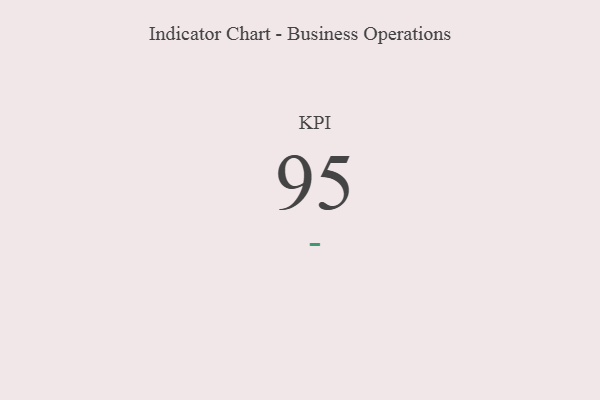
{"axis": {"x": "KPI", "y": "Value"}, "legend": [""], "data": [{"x": "KPI", "y": 95, "type": ""}]}